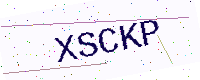
Text: XSCKP